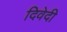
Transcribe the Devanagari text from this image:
दिवेदी